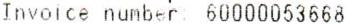
INVOICE NUMBER 60000053668